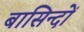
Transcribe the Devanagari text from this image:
बासिन्दों